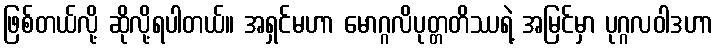
ဖြစ်တယ်လို့ ဆိုလို့ရပါတယ်။ အရှင်မဟာ မောဂ္ဂလိပုတ္တတိဿရဲ့ အမြင်မှာ ပုဂ္ဂလဝါဒဟာ